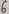
Text: 6